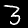
Digit: 3